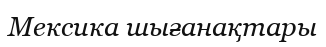
Мексика шығанақтары